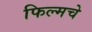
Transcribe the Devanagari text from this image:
फिल्मचे